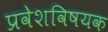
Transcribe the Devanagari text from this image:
प्रवेशविषयक